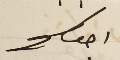
احوكم